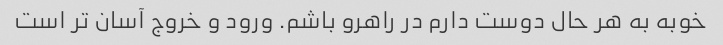
خوبه به هر حال دوست دارم در راهرو باشم. ورود و خروج آسان تر است